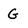
Character: g